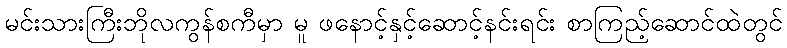
မင်းသားကြီးဘိုလကွန်စကီမှာ မူ ဖနောင့်နှင့်ဆောင့်နင်းရင်း စာကြည့်ဆောင်ထဲတွင်